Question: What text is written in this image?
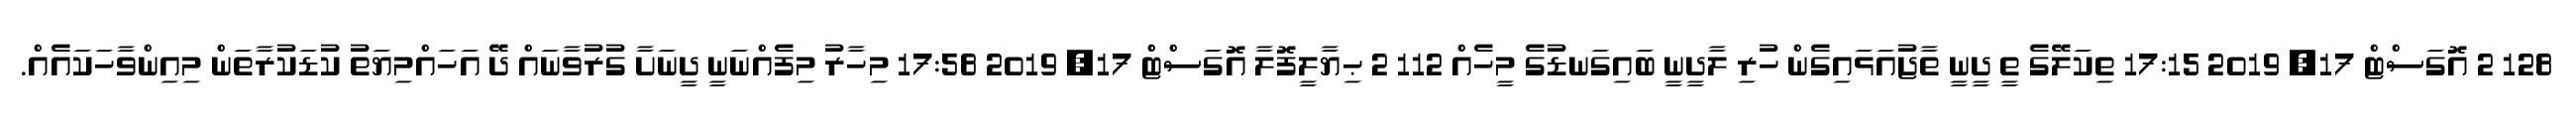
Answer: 128 2 އޮގަސްޓް 17, 2019 17:15 ތިކަލޭގެ ތީ ދީނީ ތާޖުއަޅައިގެން ހުރި ލާދީނީ ބައިގަނޑުގެ މީހެއް 112 2 ޙިޔާލީފޮލާ އޮގަސްޓް 17, 2019 17:58 މިހާރު މިފެއްނަނީ ދީނަށާ ގުރުވާނައް ދޭ އަހައްމިޔަތު ކުޑަކުރާތަން މިއިންވާހަކައެއް.